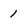
Character: 1